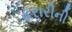
ફરારીની